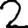
Digit: 2